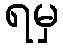
ရမှ